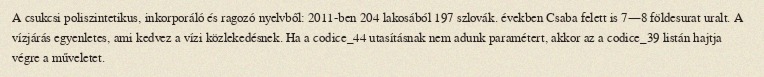
A csukcsi poliszintetikus, inkorporáló és ragozó nyelvből: 2011-ben 204 lakosából 197 szlovák. években Csaba felett is 7—8 földesurat uralt. A vízjárás egyenletes, ami kedvez a vízi közlekedésnek. Ha a codice_44 utasításnak nem adunk paramétert, akkor az a codice_39 listán hajtja végre a műveletet.